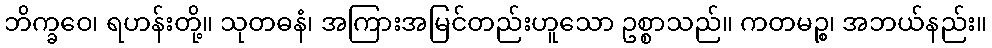
ဘိက္ခဝေ၊ ရဟန်းတို့။ သုတဓနံ၊ အကြားအမြင်တည်းဟူသော ဥစ္စာသည်။ ကတမဉ္စ၊ အဘယ်နည်း။